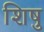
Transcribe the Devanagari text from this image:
शिषु